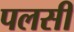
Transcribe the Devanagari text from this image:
पलसी